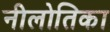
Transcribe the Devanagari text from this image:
नीलोतिका